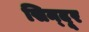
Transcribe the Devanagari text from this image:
सिन्‍दूर